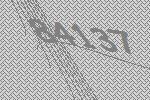
84137